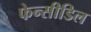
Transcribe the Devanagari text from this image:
फेन्सीडिल